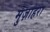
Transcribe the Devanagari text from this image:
मुज़ाहरा